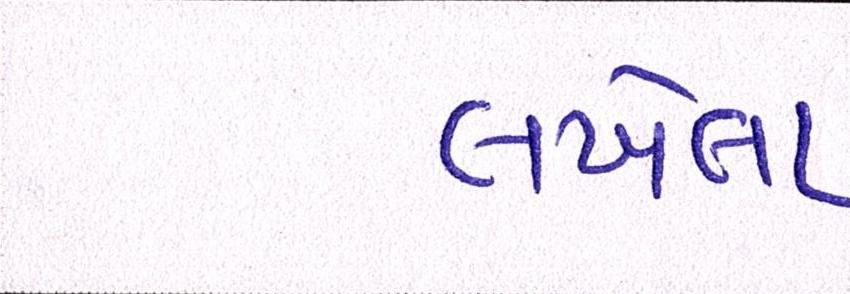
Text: લખેલા